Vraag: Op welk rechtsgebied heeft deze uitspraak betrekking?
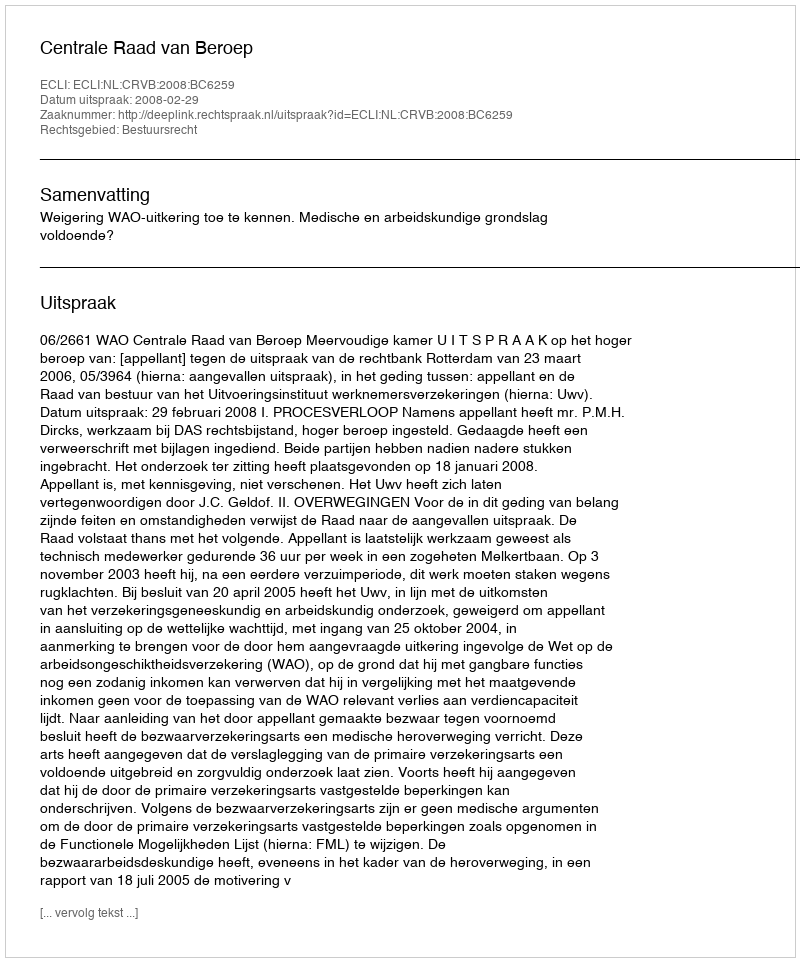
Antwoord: Bestuursrecht